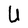
Character: U